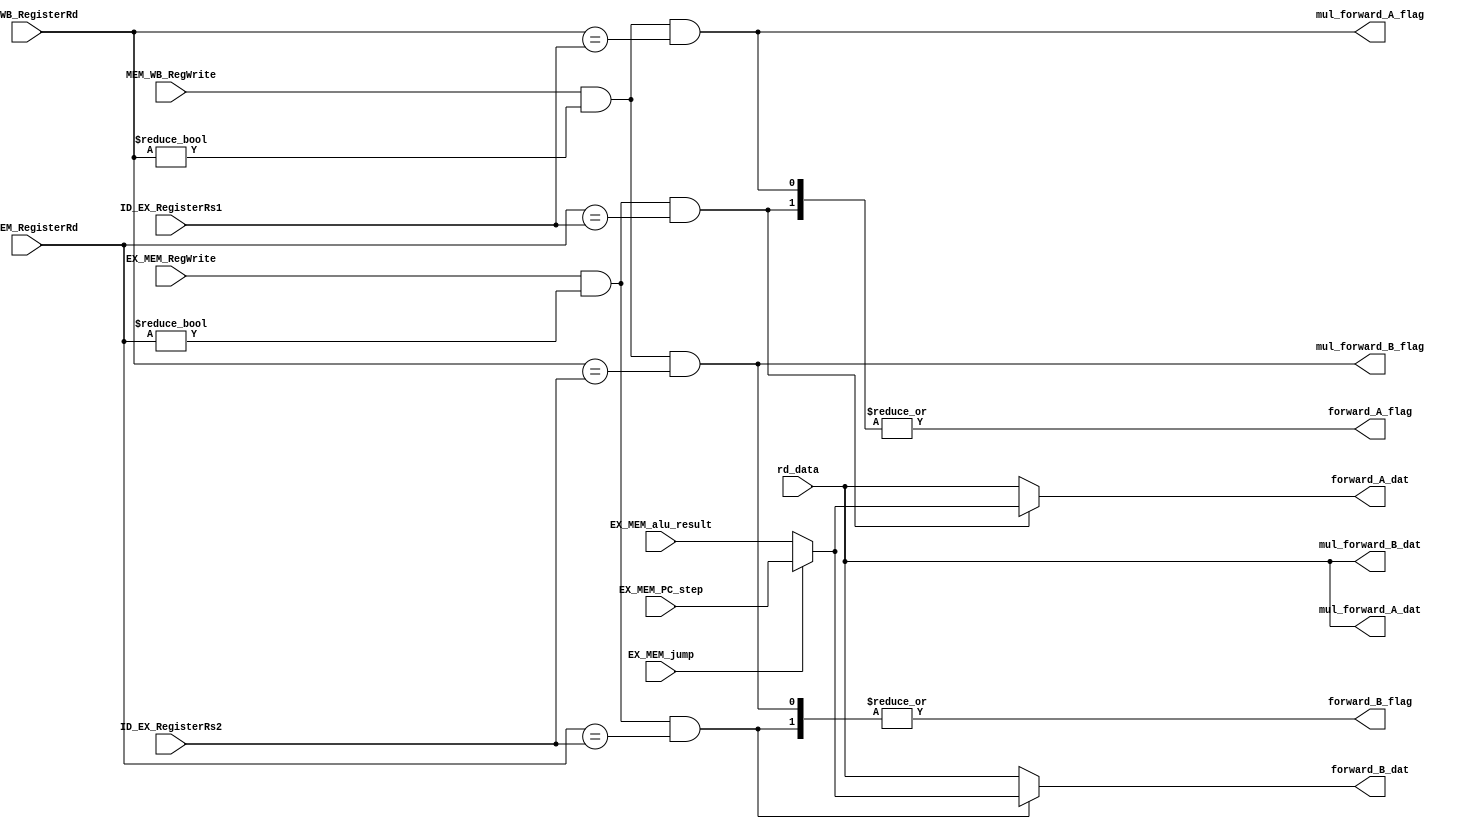
//code by: Yu Siang
//altered by: Heng Siang
module Forwarding_Unit(
    input  EX_MEM_RegWrite, MEM_WB_RegWrite,
    input  [4:0]EX_MEM_RegisterRd,ID_EX_RegisterRs1,ID_EX_RegisterRs2,
    input  [4:0]MEM_WB_RegisterRd,
    //output [1:0]ForwardA, ForwardB //handle the complexities withing this module

    input [31: 0] rd_data,//data source for MEM/WB forwarding
    //data source(s) for EX/MEM forwarding
    input [31: 0] EX_MEM_alu_result,
    input [31: 0] EX_MEM_PC_step,
    input EX_MEM_jump,//we need this signal to determine which of the above
    
    output reg         forward_A_flag,
    output reg [31: 0] forward_A_dat,
    output reg         forward_B_flag,
    output reg [31: 0] forward_B_dat,
    output reg         mul_forward_A_flag,
    output reg [31: 0] mul_forward_A_dat,
    output reg         mul_forward_B_flag,
    output reg [31: 0] mul_forward_B_dat

);

wire [1:0] ForwardA, ForwardB;
wire       ForwardA_EX_MEM, ForwardA_MEM_WB;
wire       ForwardB_EX_MEM, ForwardB_MEM_WB;

assign ForwardA_EX_MEM = (EX_MEM_RegWrite && (EX_MEM_RegisterRd != 0) && (EX_MEM_RegisterRd == ID_EX_RegisterRs1));
assign ForwardB_EX_MEM = (EX_MEM_RegWrite && (EX_MEM_RegisterRd != 0) && (EX_MEM_RegisterRd == ID_EX_RegisterRs2));

assign ForwardA_MEM_WB = ((MEM_WB_RegWrite && (MEM_WB_RegisterRd != 0) && (MEM_WB_RegisterRd == ID_EX_RegisterRs1)));
assign ForwardB_MEM_WB = ((MEM_WB_RegWrite && (MEM_WB_RegisterRd != 0) && (MEM_WB_RegisterRd == ID_EX_RegisterRs2)));
// assign ForwardA =  ? 2'b10 : 
                //   ((MEM_WB_RegWrite && (MEM_WB_RegisterRd != 0) && (MEM_WB_RegisterRd == ID_EX_RegisterRs1)) ? 2'b01 : 2'b00);

// assign ForwardB = (EX_MEM_RegWrite && (EX_MEM_RegisterRd != 0) && (EX_MEM_RegisterRd == ID_EX_RegisterRs2)) ? 2'b10 : 
                //    ? 2'b01 : 2'b00);

assign ForwardA = {ForwardA_EX_MEM, ForwardA_MEM_WB};
assign ForwardB = {ForwardB_EX_MEM, ForwardB_MEM_WB};
always @(*)begin
    //default
    forward_A_flag = |ForwardA;
    forward_B_flag = |ForwardB;

    forward_A_dat = rd_data;
    forward_B_dat = rd_data;

    mul_forward_A_flag = ForwardA_MEM_WB;
    mul_forward_B_flag = ForwardB_MEM_WB;
    
    mul_forward_A_dat = rd_data;
    mul_forward_B_dat = rd_data;
    if (ForwardA[1]) begin
        if (EX_MEM_jump) begin
            forward_A_dat = EX_MEM_PC_step;
        end else begin
            forward_A_dat = EX_MEM_alu_result;
        end
    end else if (ForwardA[0]) begin
        forward_A_dat = rd_data;
    end

    if (ForwardB[1]) begin
        if (EX_MEM_jump) begin
            forward_B_dat = EX_MEM_PC_step;
        end else begin
            forward_B_dat = EX_MEM_alu_result;
        end
    end else if (ForwardB[0]) begin
        forward_B_dat = rd_data;
    end
end


endmodule